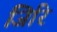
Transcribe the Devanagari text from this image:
जिरि